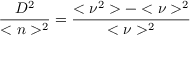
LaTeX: { \frac { D ^ { 2 } } { < n > ^ { 2 } } } = { \frac { < \nu ^ { 2 } > - < \nu > ^ { 2 } } { < \nu > ^ { 2 } } }